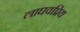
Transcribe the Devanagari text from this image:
लाघवप्रिय